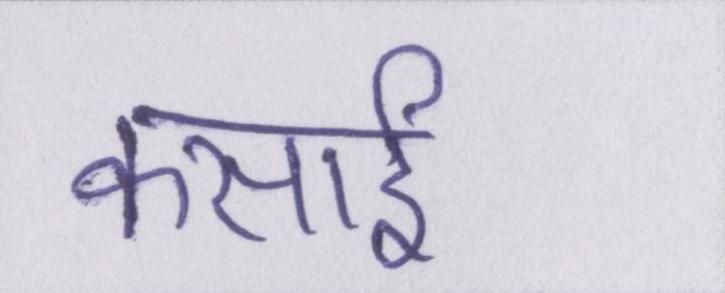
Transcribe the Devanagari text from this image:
कसाई